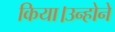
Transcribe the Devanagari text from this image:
किया।उन्होने